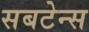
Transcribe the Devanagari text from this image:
सबटेन्स